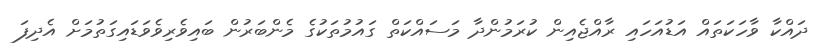
ދައްކާ ވާހަކަތައް އަޑުއަހައި ރާއްޖެއިން ކުރަމުންދާ މަސައްކަތް ގައުމުތަކުގެ މެންބަރުން ބައިވެރިވެވަޑައިގަތުމަށް އެދިފަ